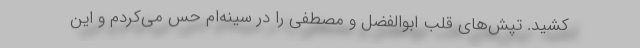
کشید. تپش‌های قلب ابوالفضل و مصطفی را در سینه‌ام حس می‌کردم و این